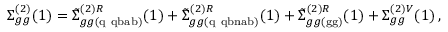
\Sigma _ { g g } ^ { ( 2 ) } ( 1 ) = \tilde { \Sigma } _ { g g ( \mathrm { q \ q b a b } ) } ^ { ( 2 ) R } ( 1 ) + \tilde { \Sigma } _ { g g ( \mathrm { q \ q b n a b } ) } ^ { ( 2 ) R } ( 1 ) + \tilde { \Sigma } _ { g g ( \mathrm { g g } ) } ^ { ( 2 ) R } ( 1 ) + \Sigma _ { g g } ^ { ( 2 ) V } ( 1 ) \, ,